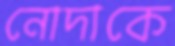
নোদাকে